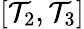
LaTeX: [\mathcal{T}_{2},\mathcal{T}_{3}]